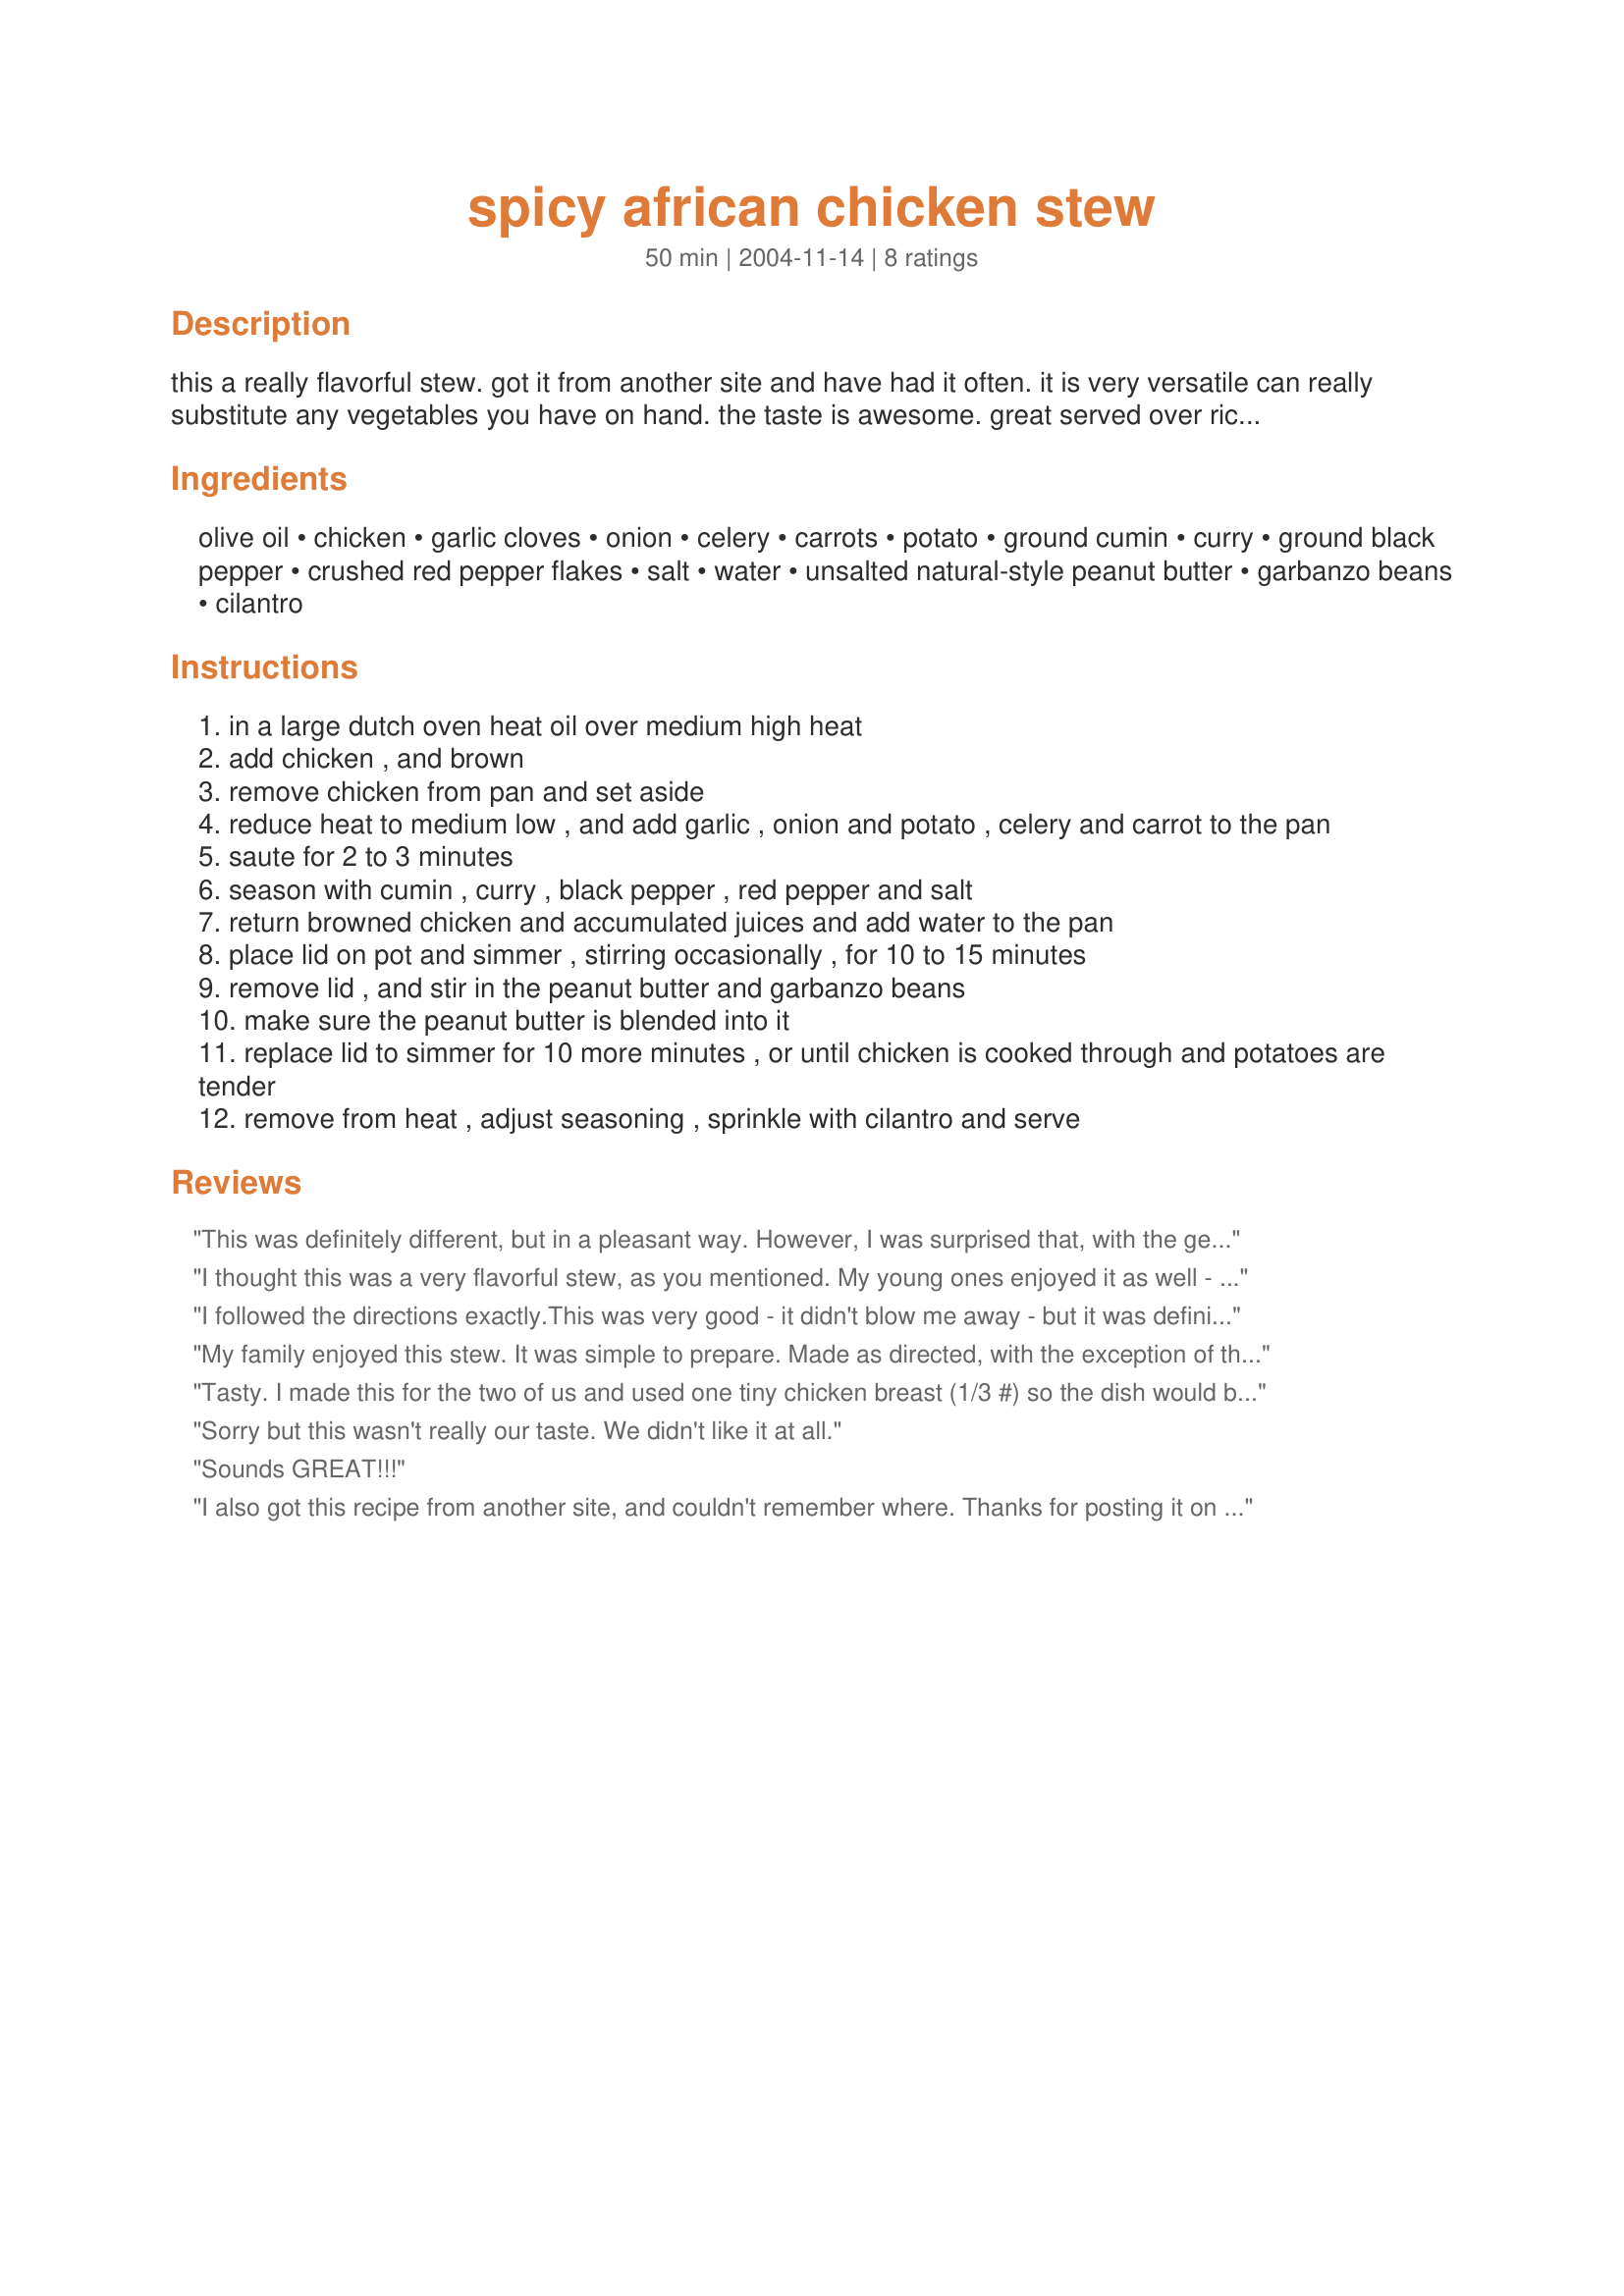
spicy african chicken stew
Preparation time: 50 minutes

this a really flavorful stew. got it from another site and have had it often. it is very versatile can really substitute any vegetables you have on hand. the taste is awesome. great served over rice. my complements to leah for this recipe.

Ingredients:
olive oil, chicken, garlic cloves, onion, celery, carrots, potato, ground cumin, curry, ground black pepper, crushed red pepper flakes, salt, water, unsalted natural-style peanut butter, garbanzo beans, cilantro

Steps:
in a large dutch oven heat oil over medium high heat
add chicken , and brown
remove chicken from pan and set aside
reduce heat to medium low , and add garlic , onion and potato , celery and carrot to the pan
saute for 2 to 3 minutes
season with cumin , curry , black pepper , red pepper and salt
return browned chicken and accumulated juices and add water to the pan
place lid on pot and simmer , stirring occasionally , for 10 to 15 minutes
remove lid , and stir in the peanut butter and garbanzo beans
make sure the peanut butter is blended into it
replace lid to simmer for 10 more minutes , or until chicken is cooked through and potatoes are tender
remove from heat , adjust seasoning , sprinkle with cilantro and serve

Reviews:
This was definitely different, but in a pleasant way. However, I was surprised that, with the generous amount of spices and the peanut butter, it was not as bursting with flavor as I had expected. Next time, I think I will punch it up a bit more. Made for ZWT4.
I thought this was a very flavorful stew, as you mentioned. My young ones enjoyed it as well - the peanut butter adds a unique taste. 

Thanks for posting!
I followed the directions exactly.This was very good - it didn't blow me away - but it was definitely worth trying. Thanks!
My family enjoyed this stew. It was simple to prepare. Made as directed, with the exception of the garbanzo beans, as no one in my house likes them. We really didn't taste the peanut butter in the stew, but it added a nice protein rich thickness. I served this on a bed of hot jasmine rice. Will more than likely make again at some point.
Tasty. I made this for the two of us and used one tiny chicken breast (1/3 #) so the dish would be less meat centric, but kept the other portions pretty much the same, and it worked well. I also used less salt and made it far less spicy in the pepper/red pepper/curry department (I make my own Recipe #174350, so it is really hot). The cilantro garnish really adds something to this, I wouldn&#039;t skip it. Really good flavors.
Sorry but this wasn't really our taste. We didn't like it at all.
Sounds GREAT!!!
I also got this recipe from another site, and couldn't remember where. Thanks for posting it on Recipezaar. Now I can put it in my cookbook.
